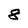
Character: 8